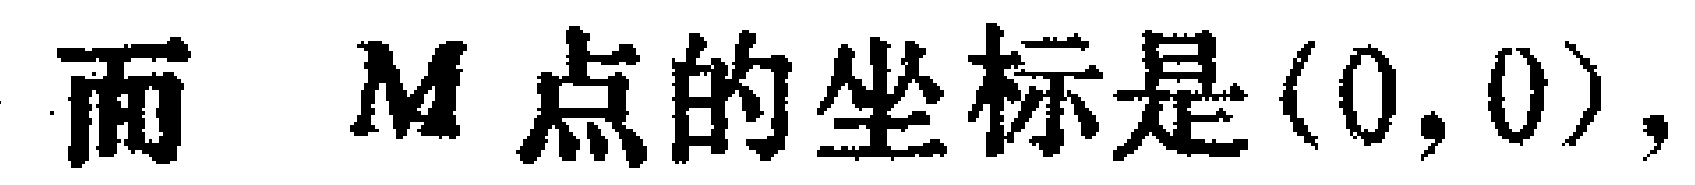
而 \(M\) 点的坐标是\((0,0)\)，